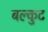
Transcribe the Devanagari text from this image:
बल्कुट